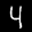
Label: 4